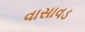
વાસાવડ